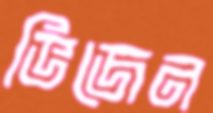
ভিজেন